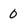
Character: 0